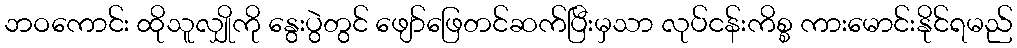
ဘဝကောင်း ထိုသူလျှိုကို နွေးပွဲတွင် ဖျော်ဖြေတင်ဆက်ပြီးမှသာ လုပ်ငန်းကိစ္စ ကားမောင်းနိုင်ရမည်